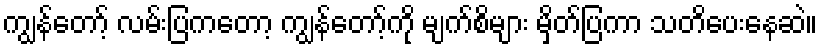
ကျွန်တော့် လမ်းပြကတော့ ကျွန်တော့်ကို မျက်စိများ မှိတ်ပြကာ သတိပေးနေဆဲ။